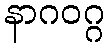
နာဂဝဂ္ဂ